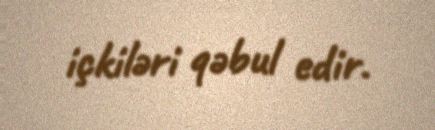
içkiləri qəbul edir.